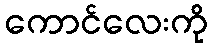
ကောင်လေးကို